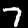
Digit: 7